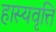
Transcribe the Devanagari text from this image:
हास्यवृत्ति